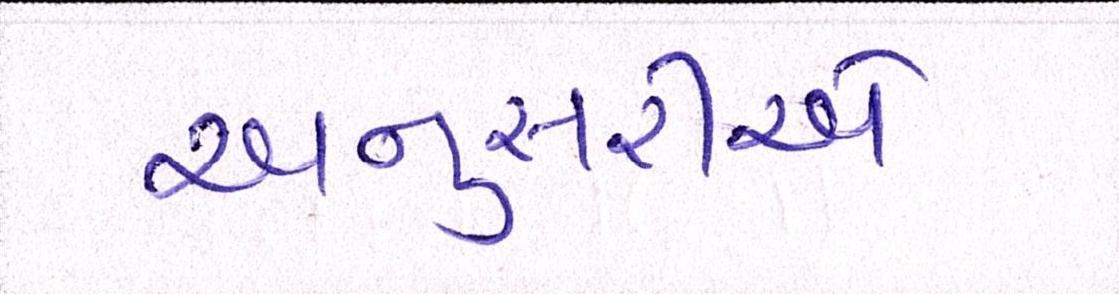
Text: અનુસરીએ